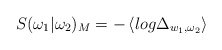
\begin{align*}S(\omega _{1}|\omega _{2})_{M}=-\left\langle log\Delta _{w_{1},\omega_{2}}\right\rangle\end{align*}